Vaccination United Provinces of Agra and Oudh 1902-1913 - 1902-1913
Year: 1902
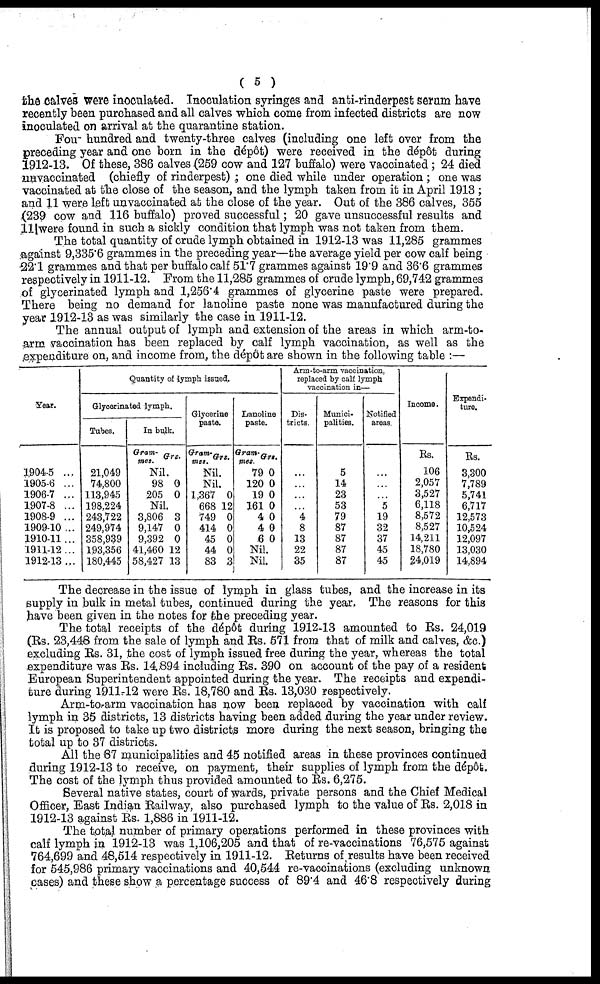
( 5 )
the calves were inoculated. Inoculation syringes and anti-rinderpest serum have
recently been purchased and all calves which come from infected districts are now
inoculated on arrival at the quarantine station.
Four hundred and twenty-three calves (including one left over from the
preceding year and one born in the dépôt) were received in the dépôt during
1912-13. Of these, 386 calves (259 cow and 127 buffalo) were vaccinated; 24 died
unvaccinated (chiefly of rinderpest) ; one died while under operation ; one was
vaccinated at the close of the season, and the lymph taken from it in April 1913 ;
and 11 were left unvaccinated at the close of the year. Out of the 386 calves, 355
(239 cow and 116 buffalo) proved successful; 20 gave unsuccessful results and
11 were found in such a sickly condition that lymph was not taken from them.
The total quantity of crude lymph obtained in 1912-13 was 11,285 grammes
against 9,335.6 grammes in the preceding year—the average yield per cow calf being
22.1 grammes and that per buffalo calf 51.7 grammes against 19'9 and 36'6 grammes
respectively in 1911-12. From the 11,285 grammes of crude lymph, 69,742 grammes
of glycerinated lymph and 1,256.4 grammes of glycerine paste were prepared.
There being no demand for lanoline paste none was manufactured during the
year 1912-13 as was similarly the case in 1911-12.
The annual output of lymph and extension of the areas in which arm-to-
arm vaccination has been replaced by calf lymph vaccination, as well as the
expenditure on, and income from., the dépot are shown in the following table :—
Year.
1,904-5 ...
1905-6 ...
1906-7 ...
1907-8 ...
1908-9 ...
1909-10 ,..
1910-11...
1911-12...
1912-13...
Quantity of lymph issued.
Glycerinated lymph.
Tubes.
21,049
74,800
113,945
198,224
243,722
249,974
358,939
1,93,356
180,445
In bulk.
Gram-
mes. Grs.
Nil
98
205
0
0
Nil.
3,806
9,147
9,392
41,460
58,427
3
0
0
12
13
Glycerine
paste.
Gram-
mes. Grs.
Nil.
Nil.
1,367
668
749
414
45
44
83
0
12
0
0
0
0
3
Lanoline
paste.
Gram-
mes.
79
120
19
161
4
4
6
Grs.
0
0
0
0
0
0
0
Nil.
Nil.
Arm-to-arm vaccination,
replaced by calf lymph
vaccination in—
Dis-
tricts.
...
...
...
...
4
8
13
22
35
Munici-
palities.
5
14
23
53
79
87
87
87
87
Notified
areas.
...
...
...
5
19
32
37
45
45
Income.
Rs.
106
2,057
3,527
6,118
8,572
8,527
14,211
18,780
24,019
Expendi-
ture.
Rs.
3,300
7,789
5,741
6,717
12,573
10,524
12,097
13,030
14,894
The decrease in the issue of lymph in glass tubes, and the increase in its
supply in bulk in metal tubes, continued during the year. The reasons for this
have been given in the notes for the preceding year.
The total receipts of the dépôt during 1912-13 amounted to Rs. 24,019
(Rs. 23,448 from the sale of lymph and Rs. 571 from that of milk and calves, &c.)
excluding Rs. 31, the cost of lymph issued free during the year, whereas the total
expenditure was Rs. 14,894 including Rs. 390 on account of the pay of a resident
European Superintendent appointed during the year. The receipts and expendi-
ture during 1911-12 were Rs. 18,780 and Rs. 13,030 respectively.
Arm-to-arm vaccination has now been replaced by vaccination with calf
lymph in 35 districts, 13 districts having been added during the year under review.
It is proposed to take up two districts more during the next season, bringing the
total up to 37 districts.
All the 87 municipalities and 45 notified areas in these provinces continued
during 1912-13 to receive, on payment, their supplies of lymph from the depôt.
The cost of the lymph thus provided amounted to Rs. 6,275.
Several native states, court of wards, private persons and the Chief Medical
Officer, East Indian Railway, also purchased lymph to the value of Rs. 2,018 in
1912-13 against Rs. 1,886 in 1911-12.
The total number of primary operations performed in these provinces with
calf lymph in 1912-13 was 1,106,205 and that of re-vaccinations 76,575 against
764,699 and 48,514 respectively in 1911-12. Returns of results have been received
for 545,986 primary vaccinations and 40,544 re-vaccinations (excluding unknown
cases) and these show a percentage success of 89.4 and 46.8 respectively during